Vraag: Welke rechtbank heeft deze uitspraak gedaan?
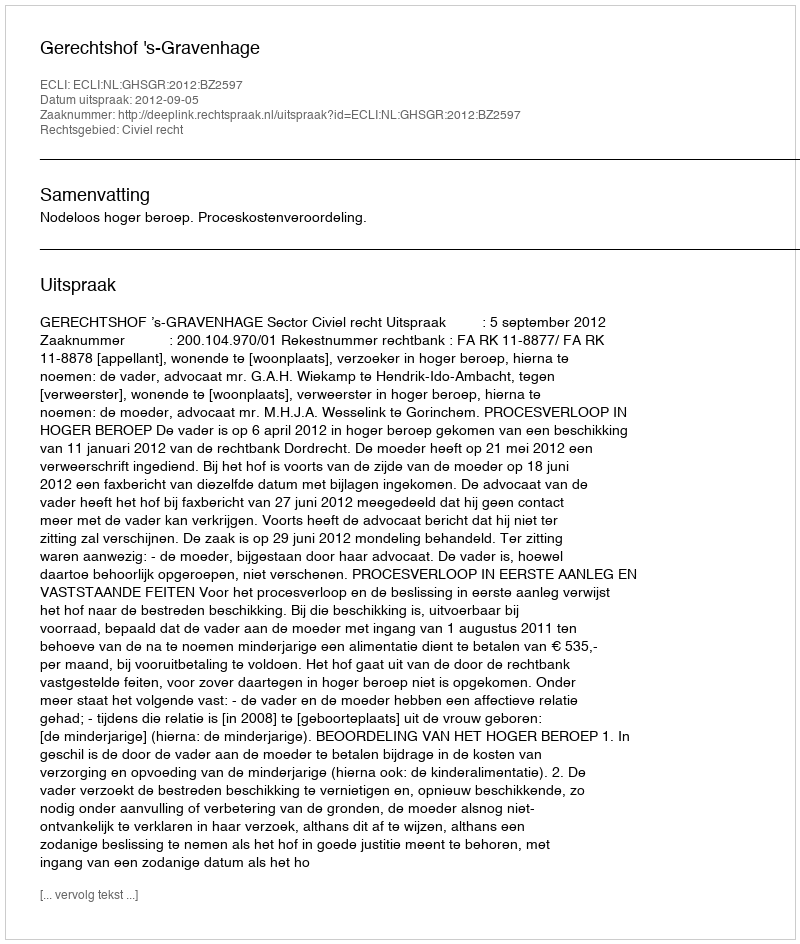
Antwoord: Gerechtshof 's-Gravenhage